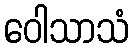
ဝေါသာသံ